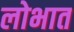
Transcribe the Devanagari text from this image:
लोभात